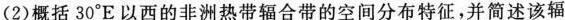
(2)概括30°E以西的非洲热带辐合带的空间分布特征，并简述该辐